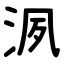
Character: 洬